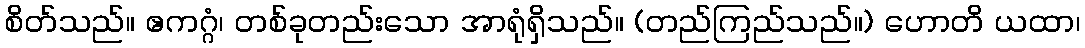
စိတ်သည်။ ဧကဂ္ဂံ၊ တစ်ခုတည်းသော အာရုံရှိသည်။ (တည်ကြည်သည်။) ဟောတိ ယထာ၊